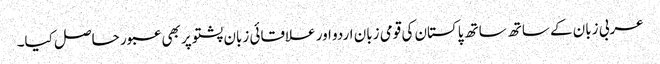
عربی زبان کے ساتھ ساتھ پاکستان کی قومی زبان اردو اور علاقائی زبان پشتو پر بھی عبور حاصل کیا۔